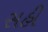
સહી